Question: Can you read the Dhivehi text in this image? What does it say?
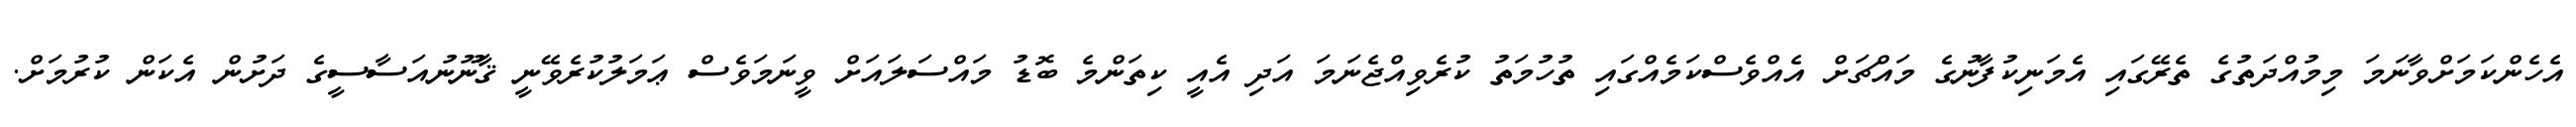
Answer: އެހެންކަމަށްވާނަމަ މިމުއްދަތުގެ ތެރޭގައި އެމަނިކުފާނުގެ މައްޗަށް އެއްވެސްކަމެއްގައި ތުހުމަތު ކުރެވިއްޖެނަމަ އަދި އެއީ ކިތަންމެ ބޮޑު މައްސަލައަށް ވީނަމަވެސް ޢަމަލުކުރެވޭނީ ޤާނޫނުއަސާސީގެ ދަށުން އެކަން ކުރުމަށް.